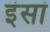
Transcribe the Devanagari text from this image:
इंसां